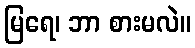
မြရေ၊ ဘာ စားမလဲ။